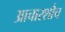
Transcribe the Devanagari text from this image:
आचारशौच